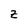
Character: z